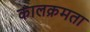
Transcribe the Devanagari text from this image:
कालक्रमता